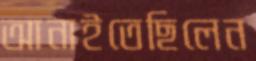
আনাইতেছিলেন